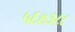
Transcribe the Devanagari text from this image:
५६७३८८